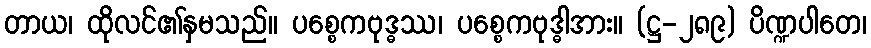
တာယ၊ ထိုလင်၏နှမသည်။ ပစ္စေကဗုဒ္ဓဿ၊ ပစ္စေကဗုဒ္ဓါအား။ (ဋ္ဌ-၂၈၉) ပိဏ္ဍပါတေ၊